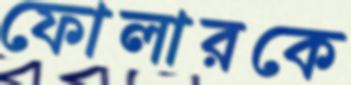
ফোলারকে